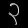
Digit: ၃